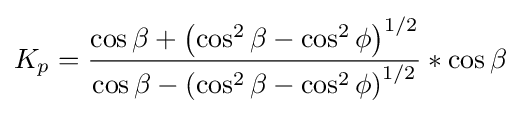
K_{p}={\frac {\cos \beta +\left(\cos ^{2}\beta -\cos ^{2}\phi \right)^{1/2}}{\cos \beta -\left(\cos ^{2}\beta -\cos ^{2}\phi \right)^{1/2}}}*\cos \beta